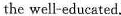
the well-educated.